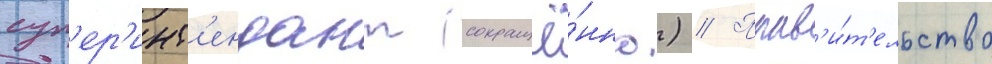
суп'ер'инт'ендант (сокращё́нно.) // Прав'и́т'ельство